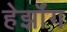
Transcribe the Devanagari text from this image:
हेर्झॉग